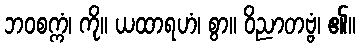
ဘဝစက္ကံ၊ ကို။ ယထာရဟံ၊ စွာ။ ဝိညာတဗ္ဗံ၊ ၏။